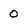
Character: 0